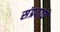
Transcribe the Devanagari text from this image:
संप्रदायें